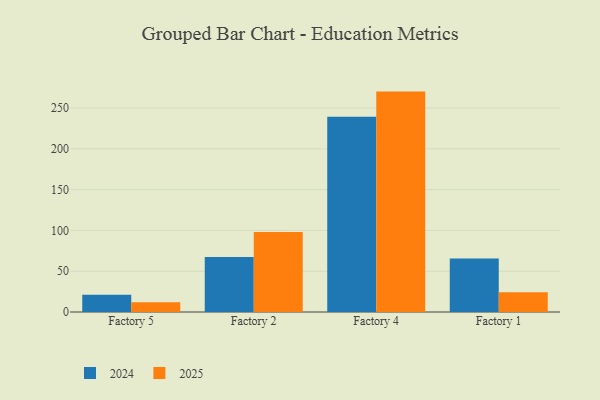
{"axis": {"x": "Factory", "y": "Churn Rate (%)"}, "legend": ["2024", "2025"], "data": [{"x": "Factory 5", "y": 21.2, "type": "2024"}, {"x": "Factory 5", "y": 12.1, "type": "2025"}, {"x": "Factory 2", "y": 67.3, "type": "2024"}, {"x": "Factory 2", "y": 98.1, "type": "2025"}, {"x": "Factory 4", "y": 239.5, "type": "2024"}, {"x": "Factory 4", "y": 270.2, "type": "2025"}, {"x": "Factory 1", "y": 65.6, "type": "2024"}, {"x": "Factory 1", "y": 24.2, "type": "2025"}]}